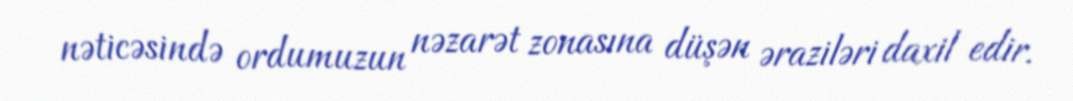
nəticəsində ordumuzun nəzarət zonasına düşən əraziləri daxil edir.